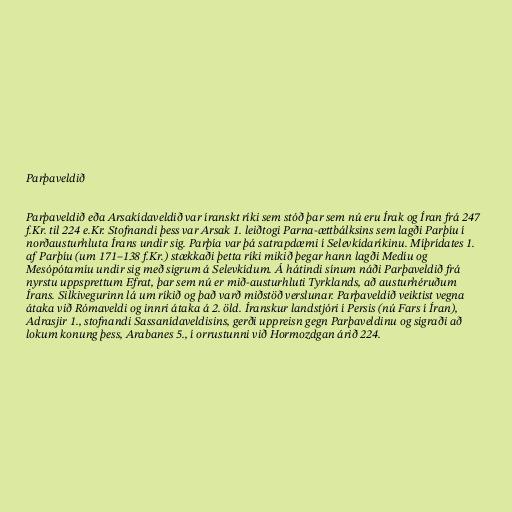
Parþaveldið

Parþaveldið eða Arsakídaveldið var íranskt ríki sem stóð þar sem nú eru Írak og Íran frá 247
f.Kr. til 224 e.Kr. Stofnandi þess var Arsak 1. leiðtogi Parna-ættbálksins sem lagði Parþíu í
norðausturhluta Írans undir sig. Parþía var þá satrapdæmi í Selevkídaríkinu. Míþrídates 1.
af Parþíu (um 171–138 f.Kr.) stækkaði þetta ríki mikið þegar hann lagði Medíu og
Mesópótamíu undir sig með sigrum á Selevkídum. Á hátindi sínum náði Parþaveldið frá
nyrstu uppsprettum Efrat, þar sem nú er mið-austurhluti Tyrklands, að austurhéruðum
Írans. Silkivegurinn lá um ríkið og það varð miðstöð verslunar. Parþaveldið veiktist vegna
átaka við Rómaveldi og innri átaka á 2. öld. Íranskur landstjóri í Persis (nú Fars í Íran),
Adrasjir 1., stofnandi Sassanídaveldisins, gerði uppreisn gegn Parþaveldinu og sigraði að
lokum konung þess, Arabanes 5., í orrustunni við Hormozdgan árið 224.